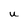
Character: U